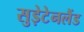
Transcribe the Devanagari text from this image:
सुड़ेटेनलैंड